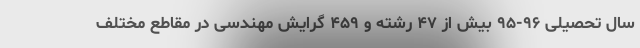
سال تحصیلی ۹۶-۹۵ بیش از ۴۷ رشته و ۴۵۹ گرایش مهندسی در مقاطع مختلف